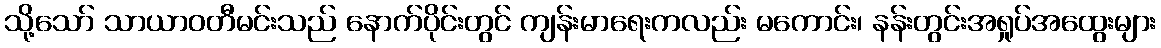
သို့သော် သာယာဝတီမင်းသည် နောက်ပိုင်းတွင် ကျန်းမာရေးကလည်း မကောင်း၊ နန်းတွင်းအရှုပ်အထွေးများ